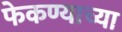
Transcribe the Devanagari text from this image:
फेकण्याच्या